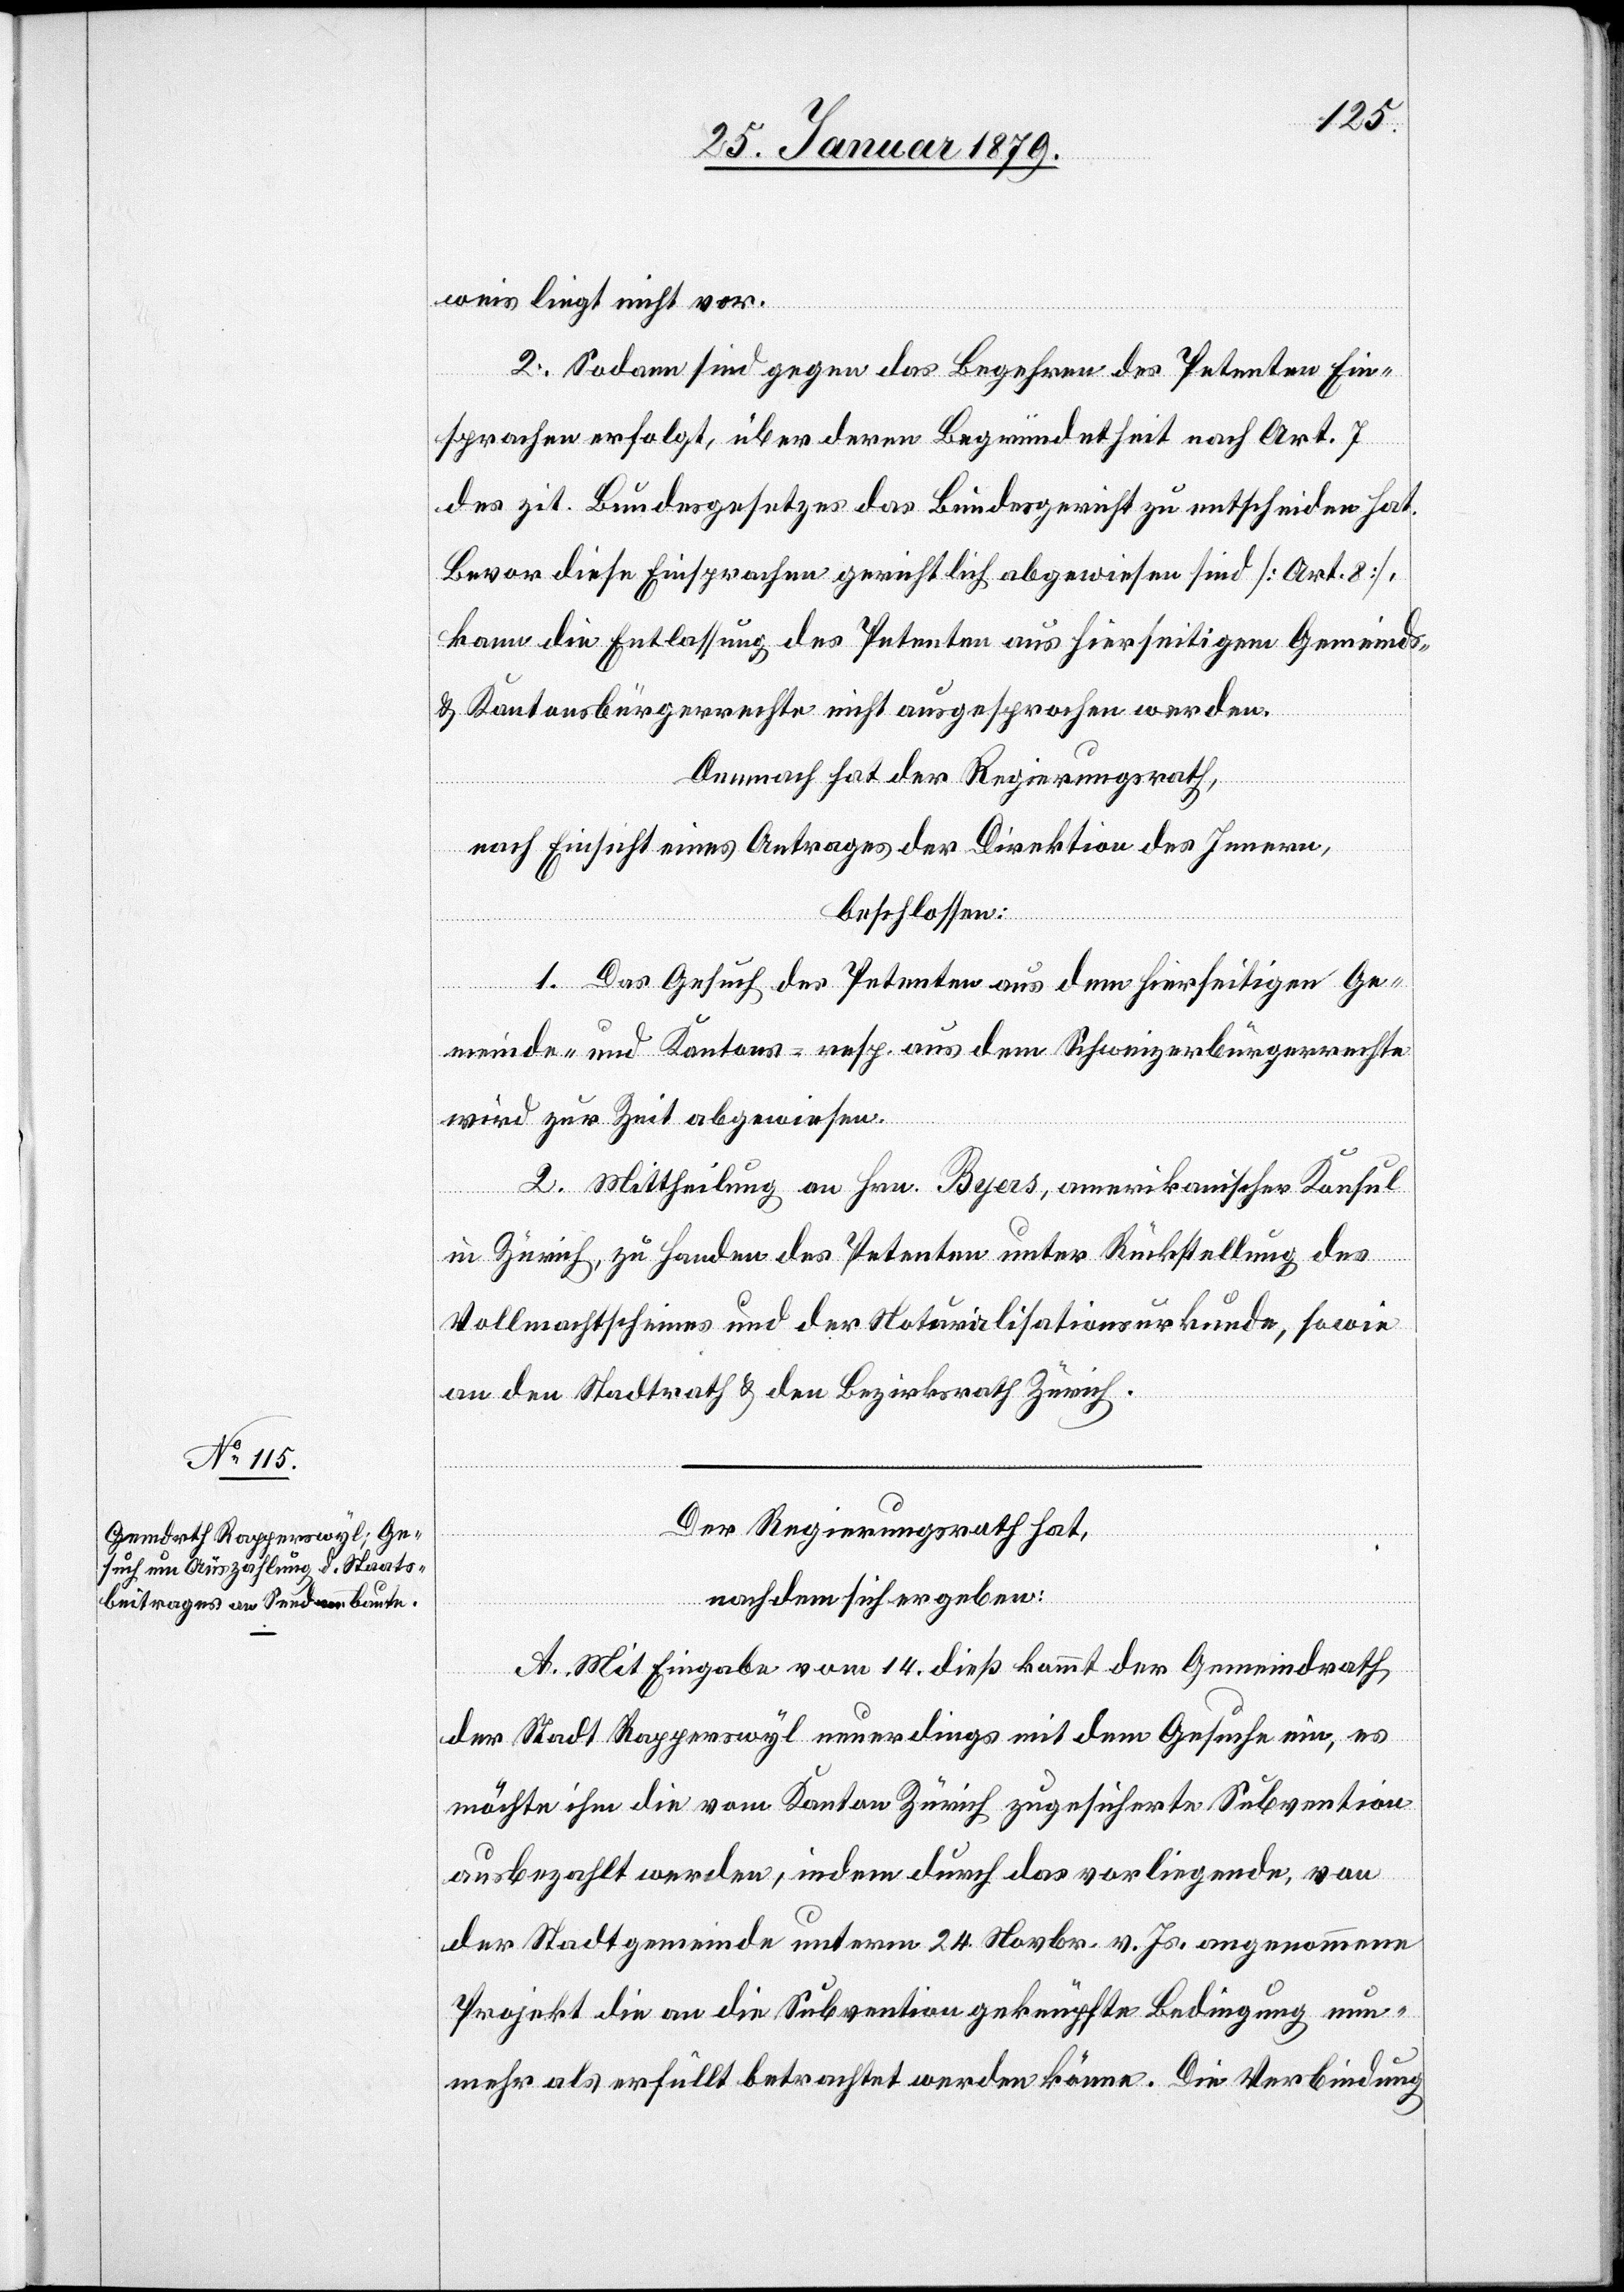
weis liegt nicht vor.
2. Sodann sind gegen das Begehren des Petenten Ein¬
sprachen erfolgt, über deren Begründetheit nach Art. 7
des zit. Bundesgesetzes das Bundesgericht zu entscheiden hat.
Bevor diese Einsprachen gerichtlich abgewiesen sind [Art. 8],
kann die Entlassung des Petenten aus hierseitigem Gemeinds-
und Kantonsbürgerrechte nicht ausgesprochen werden.
Demnach hat der Regierungsrath,
nach Einsicht eines Antrages der Direktion des Innern,
beschlossen:
1. Das Gesuch des Petenten aus dem hierseitigen Ge¬
meinde- und Kantons- resp. aus dem Schweizerbürgerrechte
wird zur Zeit abgewiesen.
2. Mittheilung an Hrn. Byers, amerikanischer Konsul
in Zürich, zu Handen des Petenten unter Rückstellung des
Vollmachtscheines und der Naturalisationsurkunde, sowie
an den Stadtrath & den Bezirksrath Zürich.
Der Regierungsrath hat,
nachdem sich ergeben:
A. Mit Eingabe vom 14. dieß kommt der Gemeindrath
der Stadt Rapperswyl neuerdings mit dem Gesuche ein, es
möchte ihm die vom Kanton Zürich zugesicherte Subvention
ausbezahlt werden, indem durch das vorliegende, von
der Stadtgemeinde unterm 24. Novbr. v. Js. angenommene
Projekt die an die Subvention geknüpfte Bedingung nun¬
mehr als erfüllt betrachtet werden könne. Die Verbindung